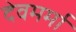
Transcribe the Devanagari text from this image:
देवमर्मा